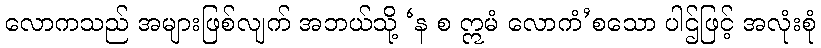
လောကသည် အများဖြစ်လျက် အဘယ်သို့ ‘န စ ဣမံ လောကံ’စသော ပါဌ်ဖြင့် အလုံးစုံ